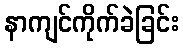
နာကျင်ကိုက်ခဲခြင်း